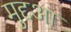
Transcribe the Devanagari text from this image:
मुद्दआ